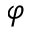
\varphi